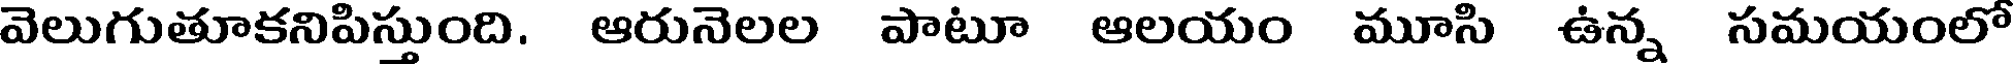
వెలుగుతూకనిపిస్తుంది. ఆరునెలల పాటూ ఆలయం మూసి ఉన్న సమయంలో